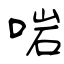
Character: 啱